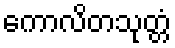
ကောလိတသုတ္တံ